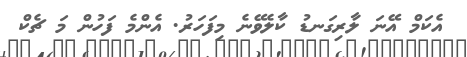
އެކަމް އޭނަ ލާރިގަނޑު ކާލެވޭނެ މިފަހަރު. އެންމެ ފަހުން މަ ޗެކް